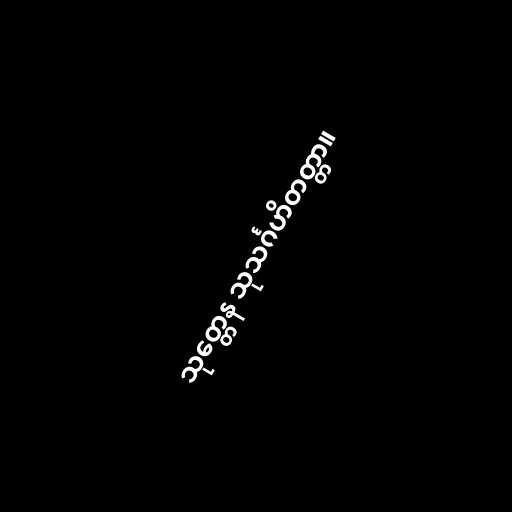
သုတ္တေန သုသင်္ဂဟိတတ္တာ။